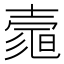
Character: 𡔻